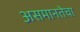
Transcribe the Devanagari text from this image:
असमानतेचा